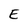
Character: E